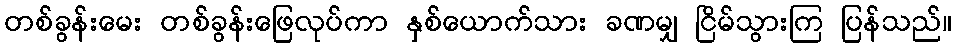
တစ်ခွန်းမေး တစ်ခွန်းဖြေလုပ်ကာ နှစ်ယောက်သား ခဏမျှ ငြိမ်သွားကြ ပြန်သည်။